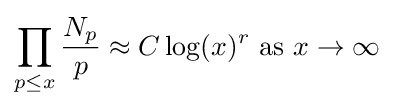
\prod _{p\leq x}{\frac {N_{p}}{p}}\approx C\log(x)^{r}{\mbox{ as }}x\rightarrow \infty